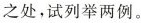
之处，试列举两例。